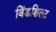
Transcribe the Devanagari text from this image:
विंडशिल्ट